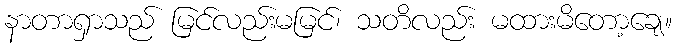
နာတာရှာသည် မြင်လည်းမမြင်၊ သတိလည်း မထားမိတော့ချေ။